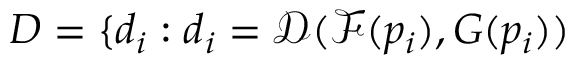
D = \{ d _ { i } : d _ { i } = \mathcal { D } ( \mathcal { F } ( p _ { i } ) , { G } ( p _ { i } ) )